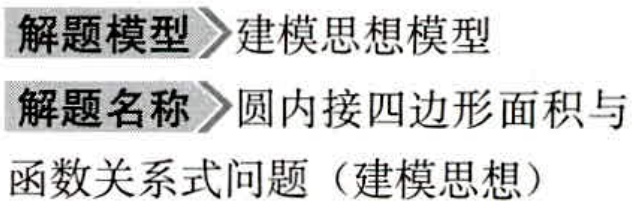
解题模型 \(\to\) 建模思想模型
解题名称 \(\to\) 圆内接四边形面积与
函数关系式问题（建模思想）